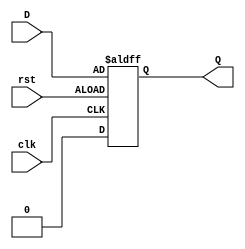
module NDFlipFlop(input clk, input rst, input D, output reg Q);
 always @ (negedge  clk or negedge  rst)
 if (rst) begin
 Q <= 1'b0;
 end else begin
 Q <= D;
 end
endmodule